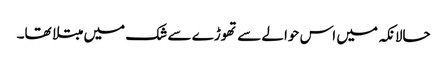
حالانکہ میں اس حوالے سے تھوڑے سے شک میں مبتلا تھا۔